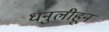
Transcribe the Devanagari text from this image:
धनुलीहून